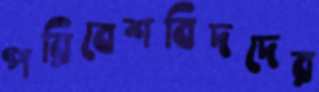
পরিবেশবিদদের